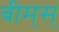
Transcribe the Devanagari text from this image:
बीम्‌स्‌